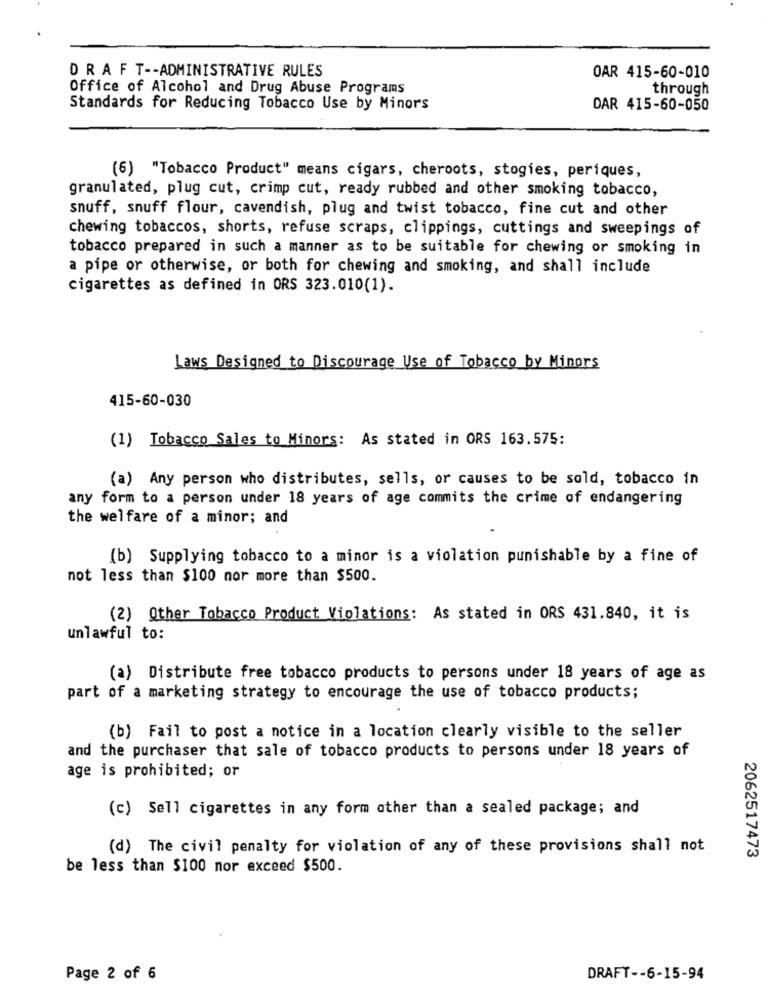
DRAFT -- ADMINISTRATIVE RULES
OAR 415-60-010
Office of Alcohol and Drug Abuse Programs
through
Standards for Reducing Tobacco Use by Minors
DAR 415-60-050
(6) "Tobacco Product" means cigars, cheroots, stogies, periques,
granulated, plug cut, crimp cut, ready rubbed and other smoking tobacco,
snuff, snuff flour, cavendish, plug and twist tobacco, fine cut and other
chewing tobaccos, shorts, refuse scraps, clippings, cuttings and sweepings of
tobacco prepared in such a manner as to be suitable for chewing or smoking in
a pipe or otherwise, or both for chewing and smoking, and shall include
cigarettes as defined in ORS 323.010(1).
Laws Designed to Discourage Use of Tobacco by Minors
415-60-030
(1) Tobacco Sales to Minors: As stated in ORS 163.575:
(a) Any person who distributes, sells, or causes to be sold, tobacco in
any form to a person under 18 years of age commits the crime of endangering
the welfare of a minor; and
(b) Supplying tobacco to a minor is a violation punishable by a fine of
not less than $100 nor more than $500.
(2) Other Tobacco Product Violations: As stated in ORS 431.840, it is
unlawful to:
(a) Distribute free tobacco products to persons under 18 years of age as
part of a marketing strategy to encourage the use of tobacco products;
(b) Fail to post a notice in a location clearly visible to the seller
and the purchaser that sale of tobacco products to persons under 18 years of
age is prohibited; or
(c) Sell cigarettes in any form other than a sealed package; and
(d) The civil penalty for violation of any of these provisions shall not
2062517473
be less than $100 nor exceed $500.
Page 2 of 6
DRAFT -- 6-15-94